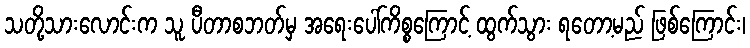
သတို့သားလောင်းက သူ ပီတာစဘတ်မှ အရေးပေါ်ကိစ္စကြောင့် ထွက်သွား ရတော့မည် ဖြစ်ကြောင်း၊